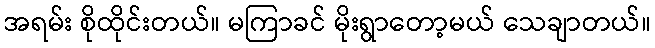
အရမ်း စိုထိုင်းတယ်။ မကြာခင် မိုးရွာတော့မယ် သေချာတယ်။